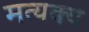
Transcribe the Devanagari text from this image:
मत्यक्य